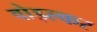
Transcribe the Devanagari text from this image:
वोइल्कर